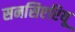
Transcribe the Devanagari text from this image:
सनसिएरियू